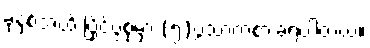
ခုနှစ်အထိ ပြိုင်ပွဲစုံမှာ (၅)ပွဲသာကစားခဲ့ရပါတယ်။